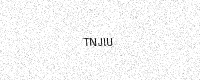
Text: TNJIU